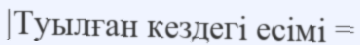
|Туылған кездегі есімі =